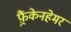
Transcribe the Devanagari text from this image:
फ़्रैंकेनहेमर